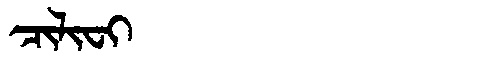
Manchu: ᠴᡳᠯᡳᠸᡳ
Romanization: CILIFI